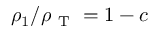
\rho _ { 1 } / \rho _ { \mathrm { ~ T ~ } } = 1 - c